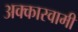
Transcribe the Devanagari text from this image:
अक्कास्वामी